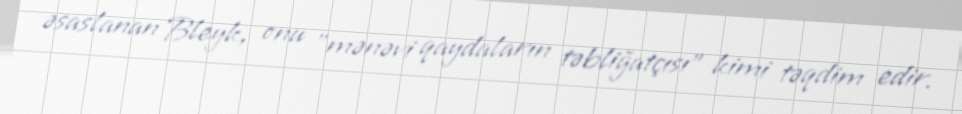
əsaslanan Bleyk, onu "mənəvi qaydaların təbliğatçısı" kimi təqdim edir.